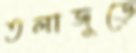
তলাজুড়ে